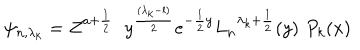
\psi _ { n , { \lambda _ { k } } } = Z ^ { a + \frac { 1 } { 2 } } \, \, \ y ^ { \frac { ( { \lambda _ { k } } - l ) } { 2 } } e ^ { - { \frac { 1 } { 2 } } y } { L _ { n } } ^ { { \lambda _ { k } } + { \frac { 1 } { 2 } } } ( y ) \, \, P _ { k } ( x )